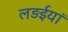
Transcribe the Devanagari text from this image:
लड़ईयां